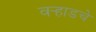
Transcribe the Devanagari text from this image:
वर्‍हाडचे